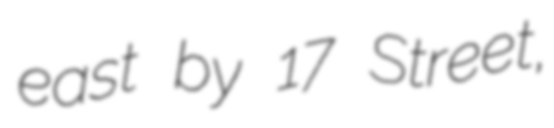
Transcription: east by 17 Street,